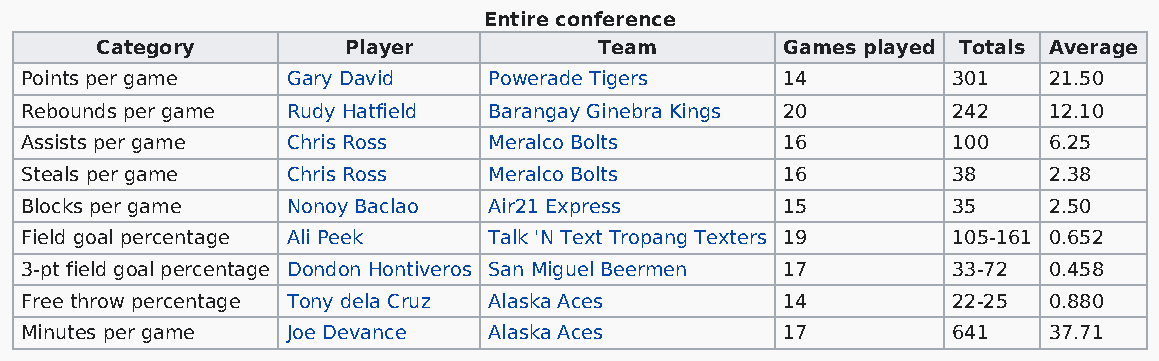
Entire conference
 Category         Player           Team        Games played Totals Average
 Points per game   Gary David   Powerade Tigers     14         301   21.50
 Rebounds per game Rudy Hatfield Barangay Ginebra Kings 20     242   12.10
 Assists per game  Chris Ross   Meralco Bolts       16         100   6.25
 Steals per game   Chris Ross   Meralco Bolts       16         38    2.38
 Blocks per game   Nonoy Baclao Air21 Express       15         35    2.50
 Field goal percentage Ali Peek Talk 'N Text Tropang Texters 19 105-161 0.652
 3-pt field goal percentage Dondon Hontiveros San Miguel Beermen 17 33-72 0.458
 Free throw percentage Tony dela Cruz Alaska Aces   14         22-25 0.880
 Minutes per game  Joe Devance  Alaska Aces         17         641   37.71